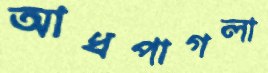
আধপাগলা